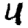
Digit: 4